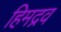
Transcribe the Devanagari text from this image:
हिमद्रव